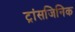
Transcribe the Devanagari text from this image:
ट्रांसजिनिक